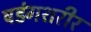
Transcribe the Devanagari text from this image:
षडंगशरीर